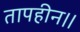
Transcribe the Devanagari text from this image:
तापहीन।।